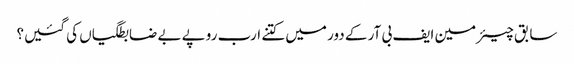
سابق چیئرمین ایف بی آر کے دور میں کتنے ارب روپے بے ضابطگیاں کی گئیں؟